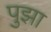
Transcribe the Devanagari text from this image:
पुझा